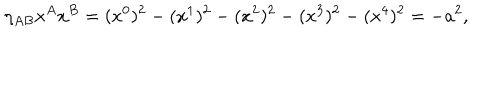
\eta _ { A B } x ^ { A } x ^ { B } = ( x ^ { 0 } ) ^ { 2 } - ( x ^ { 1 } ) ^ { 2 } - ( x ^ { 2 } ) ^ { 2 } - ( x ^ { 3 } ) ^ { 2 } - ( x ^ { 4 } ) ^ { 2 } = - a ^ { 2 } ,